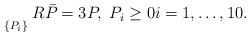
LaTeX: \begin{align*} \begin{array}{lcl}\underset{\{P_i\}}{} \; R_{\scriptstyle{}} \bar{P}_{} = 3P,\; P_i \ge 0 i = 1,\ldots,10.\end{array}\end{align*}